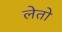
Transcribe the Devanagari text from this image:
लेतो